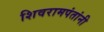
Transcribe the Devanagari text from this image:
शिवरामपंतांनी